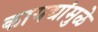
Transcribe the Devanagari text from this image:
कायद्यांमुळे